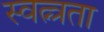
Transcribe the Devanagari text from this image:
स्वत्न्त्रता